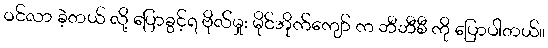
ဝင်လာ ခဲ့တယ် လို့ ပြောခွင့်ရ ဗိုလ်မှုး မိုင်အိုက်ကျော် က ဘီဘီစီ ကို ပြောပါတယ်။